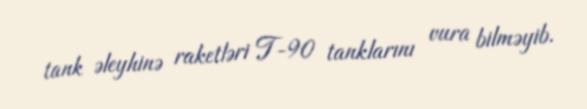
tank əleyhinə raketləri T-90 tanklarını vura bilməyib.